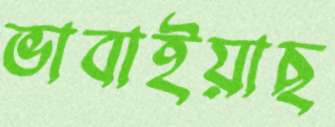
ভাবাইয়াছ